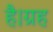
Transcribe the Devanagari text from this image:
है।ग्रह